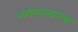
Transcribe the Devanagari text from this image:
अंगीकारायला